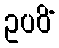
ဥပပိံ